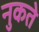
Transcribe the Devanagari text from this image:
नुकते